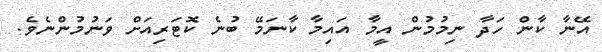
އޭނާ ކާން ހަދާ ނިމުމުން އީމާ އައިމާ ކާނަމޭ ބުނެ ކޮޓަރިއަށް ވަނުމުންނެވެ.